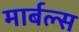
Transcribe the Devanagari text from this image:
मार्बल्स